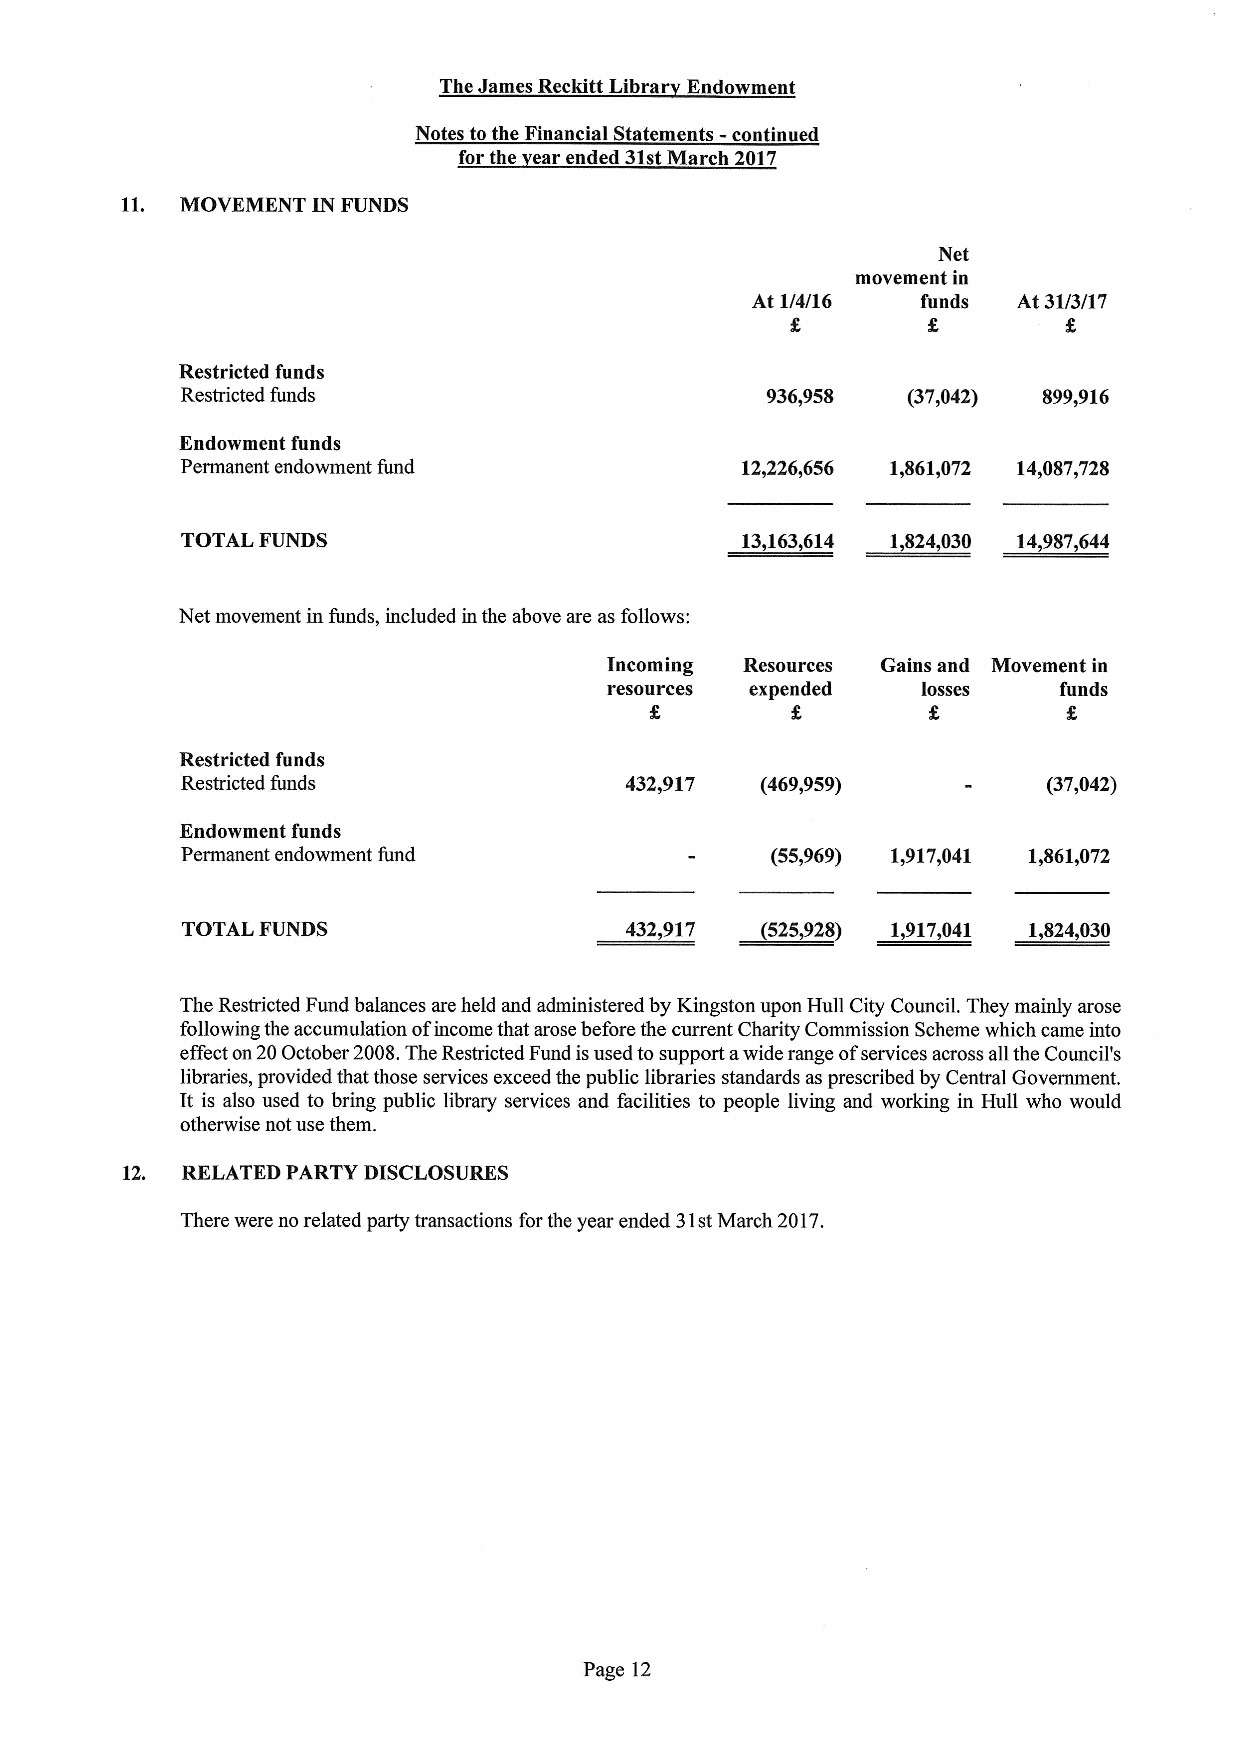
The James Reckitt Libra Endowment
 Notes to the Financial Statements - continued
 for the ear ended 31stMarch 2017
 11. MOVEMENT IN FUNDS
 Net
 movement in
 At 1/4/16  funds At 31/3/17
 Restricted funds
 Restricted funds                       936,958  (37,042) 899,916
 Endowment funds
 Permanent endowment fund             12,226,656 1,861,072 14,087,728
 TOTAL FUNDS                          13,163,614 1,824,030 14,987,644
 Net movement in funds, included in the above are as follows:
 Incoming Resources Gains and Movement in
 resources expended   losses   funds
 Restricted funds
 Restricted funds             432,917  (469,959)          (37,042)
 Endowment funds
 Permanent endowment fund               (55,969) 1,917,041 1,861,072
 TOTAL FUNDS                  432,917 ~525,928) 1,917,041 1,824,030
 The Restricted Fund balances are held and administered by Kingston upon Hull City Council. They mainly arose
 following the accumulation ofincome that arose before the current Charity Commission Scheme which came into
 effect on20October 2008.The Restricted Fund isused to support awide range ofservices across all the Council's
 libraries, provided that those services exceed the public libraries standards as prescribed by Central Government.
 It is also used to bring public library services and facilities to people living and working in Hull who would
 otherwise not use them.
 12. RELATED PARTY DISCLOSURES
 There were no related party transactions forthe year ended 31stMarch 2017.
 Page 12